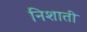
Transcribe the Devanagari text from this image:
निशाती